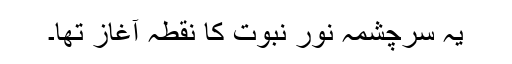
یہ سرچشمہ نور نبوت کا نقطہ آغاز تھا۔